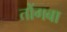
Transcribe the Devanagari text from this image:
तोंगबा